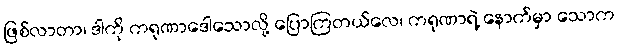
ဖြစ်လာတာ၊ ဒါကို ကရုဏာဒေါသောလို့ ပြောကြတယ်လေ၊ ကရုဏာရဲ့ နောက်မှာ သောက